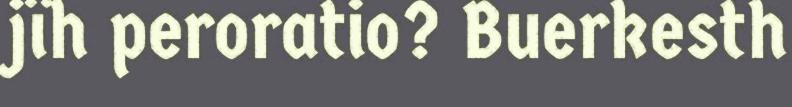
jïh peroratio? Buerkesth